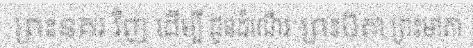
ព្រះនគរ វិញ ដើម្បី ជូនដំណើរ ព្រះបិតា ព្រះមាតា